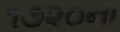
૧૭૨૦ના